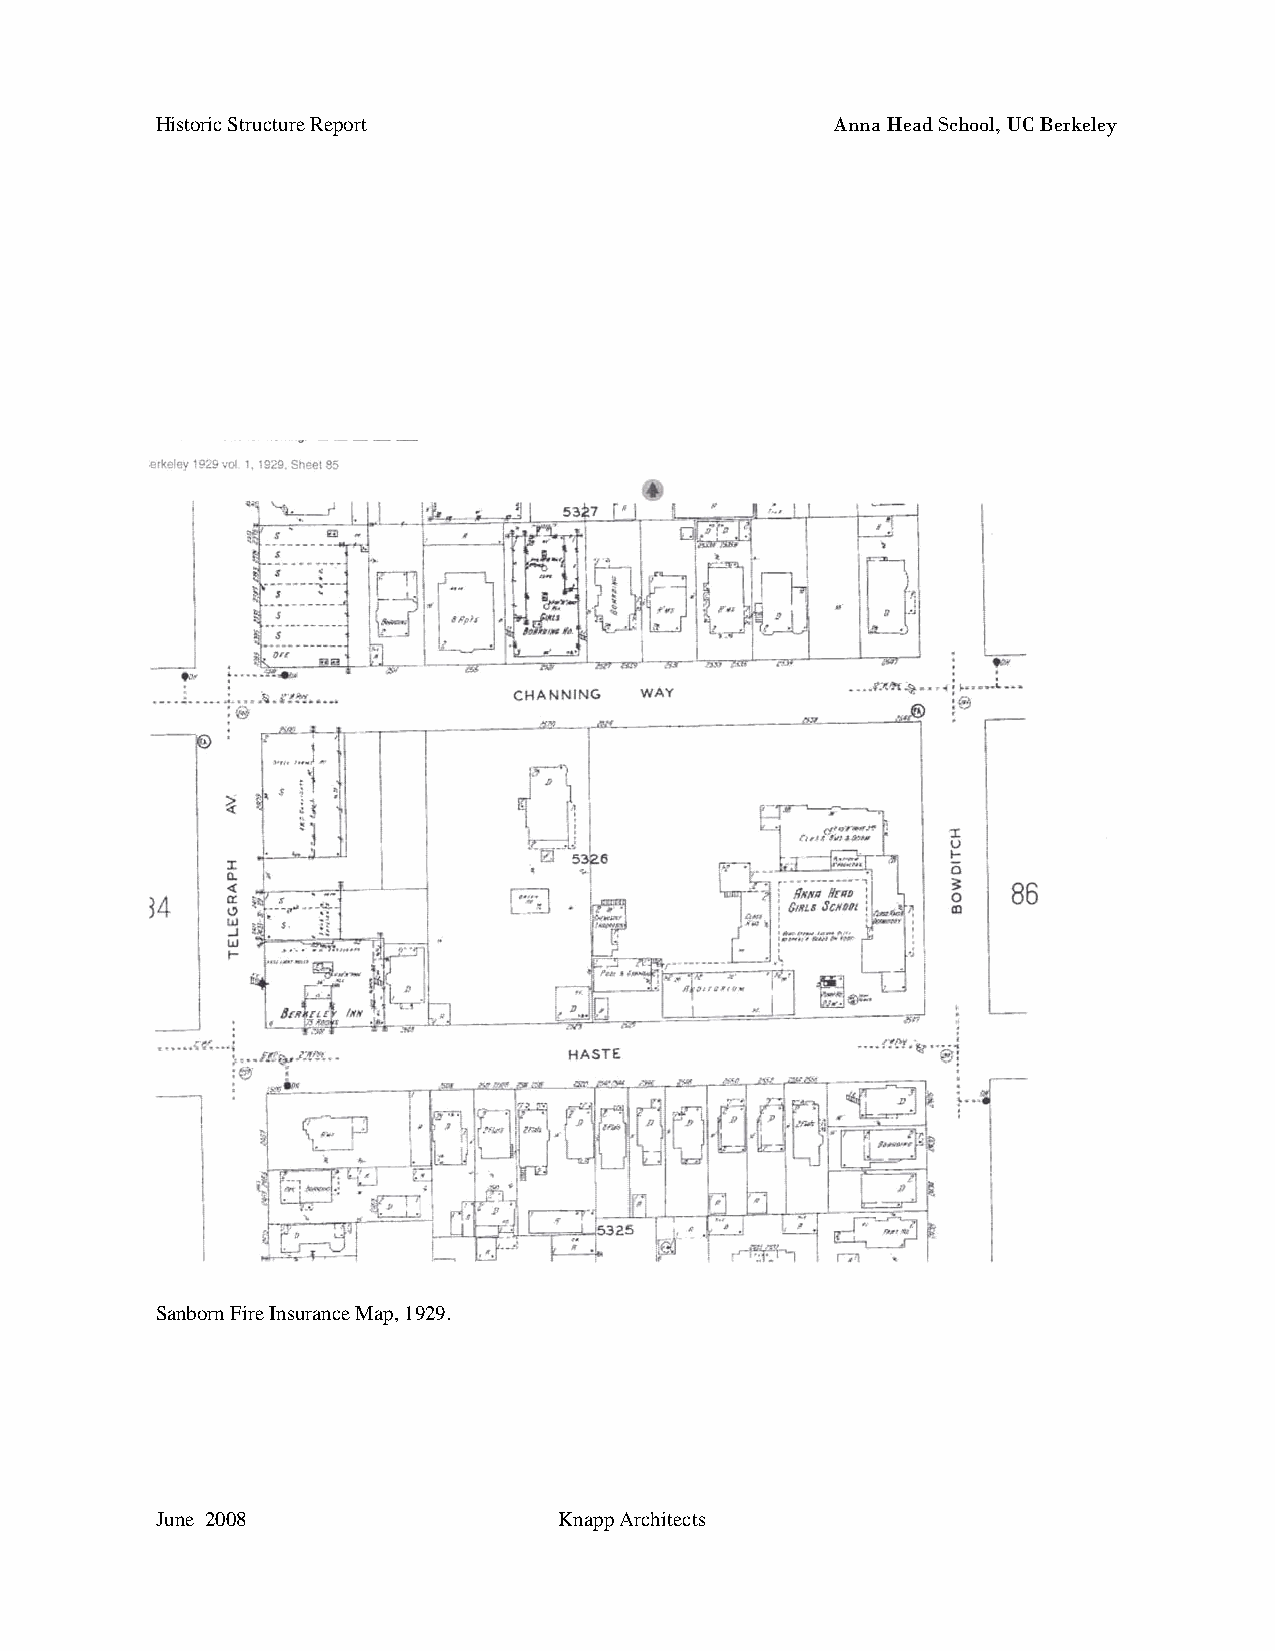
Historic Structure Report                    Anna Head School, UC Berkeley
 Sanborn Fire Insurance Map, 1929.
 June 2008                  Knapp Architects